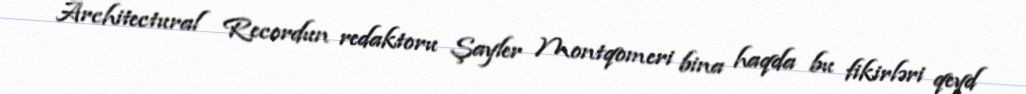
Architectural Recordun redaktoru Şayler Montqomeri bina haqda bu fikirləri qeyd